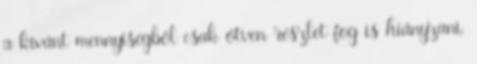
a kívánt mennyiségből csak ötven részlet fog is hiányzani,